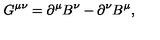
G ^ { \mu \nu } = \partial ^ { \mu } B ^ { \nu } - \partial ^ { \nu } B ^ { \mu } ,